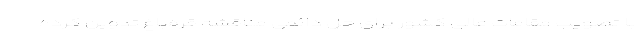
با تصویب مقامات عالی کشور برای حل دائمی مناقشه قره‌باغ تدوین کرده